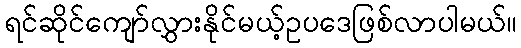
ရင်ဆိုင်ကျော်လွှားနိုင်မယ့်ဥပဒေဖြစ်လာပါမယ်။